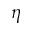
\eta